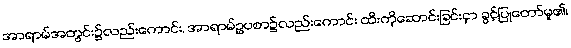
အာရာမ်အတွင်း၌လည်းကောင်း, အာရာမ်ဥပစာ၌လည်းကောင်း ထီးကိုဆောင်းခြင်းငှာ ခွင့်ပြုတော်မူ၏၊